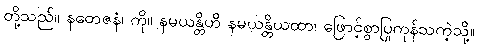
တို့သည်။ နတေဇနံ၊ ကို။ နမယန္တိဟိ နမယန္တိယထာ၊ ဖြောင့်စွာပြုကုန်သကဲ့သို့။